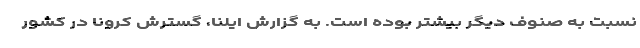
نسبت به صنوف دیگر بیشتر بوده است. به گزارش ایلنا، گسترش کرونا در کشور